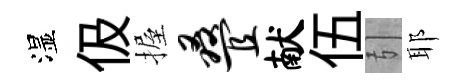
湿伋握叠献伍引耶